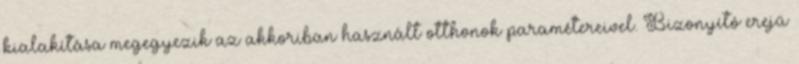
kialakítása megegyezik az akkoriban használt otthonok paramétereivel. Bizonyító erejű